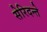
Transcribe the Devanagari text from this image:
सेरिदन्ते